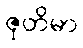
ဇုတိမာ